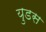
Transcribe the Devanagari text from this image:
युडस